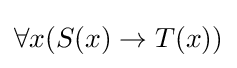
\forall x(S(x)\to T(x))